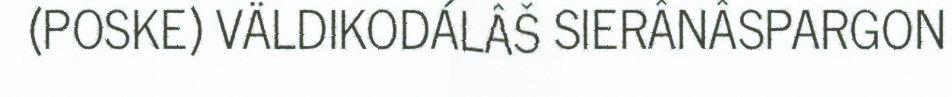
(POSKE) VÄLDIKODÁLÂŠ SIERÂNÂSPARGON